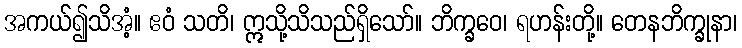
အကယ်၍သိအံ့။ ဧဝံ သတိ၊ ဣသို့သိသည်ရှိသော်။ ဘိက္ခဝေ၊ ရဟန်းတို့။ တေနဘိက္ခုနာ၊